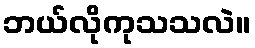
ဘယ်လိုကုသသလဲ။